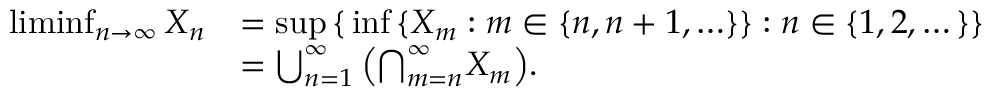
{ \begin{array} { r l } { \operatorname* { l i m i n f } _ { n \to \infty } X _ { n } } & { = \operatorname* { s u p } \, \{ \, \operatorname* { i n f } \, \{ X _ { m } : m \in \{ n , n + 1 , \ldots \} \} : n \in \{ 1 , 2 , \dots \} \} } \\ & { = \bigcup _ { n = 1 } ^ { \infty } \left( { \bigcap _ { m = n } ^ { \infty } } X _ { m } \right) \! . } \end{array} }